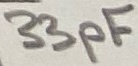
Text: 33pF